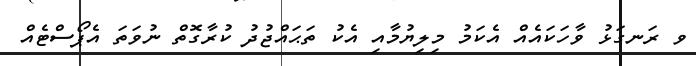
ވ ރަނގަޅު ވާހަކައެއް އެކަމު މިލިޔުމާއި އެކު ތަޙައްޖުދު ކުރާގޮތް ނުވަތަ އެޕޯސްޓެއް